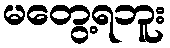
မတွေ့ရဘူး